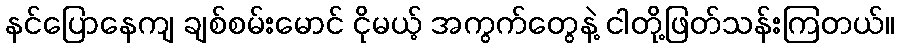
နင်ပြောနေကျ ချစ်စမ်းမောင် ငိုမယ့် အကွက်တွေနဲ့ ငါတို့ဖြတ်သန်းကြတယ်။